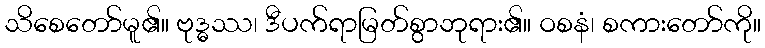
သိစေတော်မူ၏။ ဗုဒ္ဓဿ၊ ဒီပက်ရာမြတ်စွာဘုရား၏။ ဝစနံ၊ စကားတော်ကို။